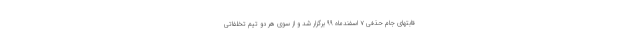
قابتهای جام حذفی ۷ اسفندماه ۹۹ برگزار شد و از سوی هر دو تیم تخلفاتی